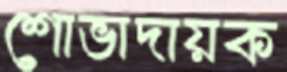
শোভাদায়ক